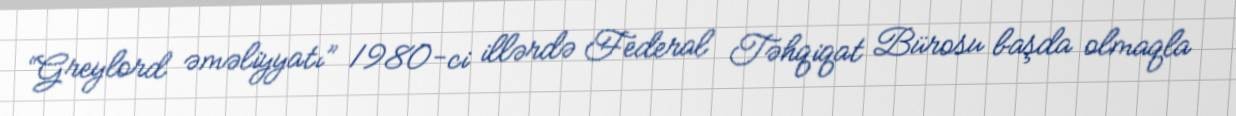
“Greylord əməliyyatı” 1980-ci illərdə Federal Təhqiqat Bürosu başda olmaqla